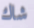
شاك